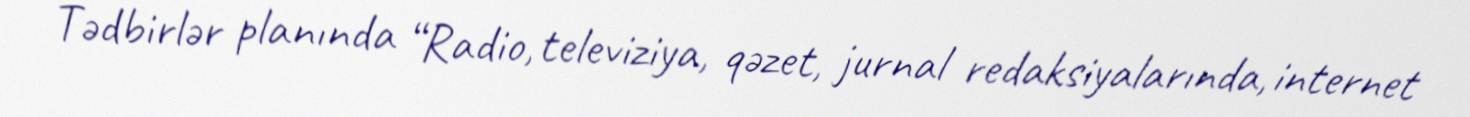
Tədbirlər planında “Radio, televiziya, qəzet, jurnal redaksiyalarında, internet